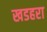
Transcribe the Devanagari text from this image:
खडहरा